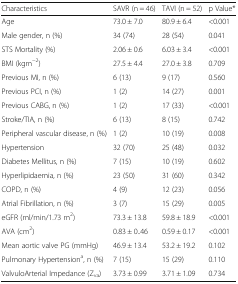
<table><thead><tr><td><b>Characteristics</b></td><td><b>SAVR (n = 46)</b></td><td><b>TAVI (n = 52)</b></td><td><b>p Value*</b></td></tr></thead><tbody><tr><td>Age</td><td>73.0 ± 7.0</td><td>80.9 ± 6.4</td><td>&lt;0.001</td></tr><tr><td>Male gender, n (%)</td><td>34 (74)</td><td>28 (54)</td><td>0.041</td></tr><tr><td>STS Mortality (%)</td><td>2.06 ± 0.6</td><td>6.03 ± 3.4</td><td>&lt;0.001</td></tr><tr><td>BMI (kgm<sup>−2</sup>)</td><td>27.5 ± 4.4</td><td>27.0 ± 3.8</td><td>0.709</td></tr><tr><td>Previous MI, n (%)</td><td>6 (13)</td><td>9 (17)</td><td>0.560</td></tr><tr><td>Previous PCI, n (%)</td><td>1 (2)</td><td>14 (27)</td><td>0.001</td></tr><tr><td>Previous CABG, n (%)</td><td>1 (2)</td><td>17 (33)</td><td>&lt;0.001</td></tr><tr><td>Stroke/TIA, n (%)</td><td>6 (13)</td><td>8 (15)</td><td>0.742</td></tr><tr><td>Peripheral vascular disease, n (%)</td><td>1 (2)</td><td>10 (19)</td><td>0.008</td></tr><tr><td>Hypertension</td><td>32 (70)</td><td>25 (48)</td><td>0.032</td></tr><tr><td>Diabetes Mellitus, n (%)</td><td>7 (15)</td><td>10 (19)</td><td>0.602</td></tr><tr><td>Hyperlipidaemia, n (%)</td><td>23 (50)</td><td>31 (60)</td><td>0.342</td></tr><tr><td>COPD, n (%)</td><td>4 (9)</td><td>12 (23)</td><td>0.056</td></tr><tr><td>Atrial Fibrillation, n (%)</td><td>3 (7)</td><td>15 (29)</td><td>0.005</td></tr><tr><td>eGFR (ml/min/1.73 m<sup>2</sup>)</td><td>73.3 ± 13.8</td><td>59.8 ± 18.9</td><td>&lt;0.001</td></tr><tr><td>AVA (cm<sup>2</sup>)</td><td>0.83 ± 0..46</td><td>0.59 ± 0.17</td><td>&lt;0.001</td></tr><tr><td>Mean aortic valve PG (mmHg)</td><td>46.9 ± 13.4</td><td>53.2 ± 19.2</td><td>0.102</td></tr><tr><td>Pulmonary Hypertension<sup>a</sup>, n (%)</td><td>7 (15)</td><td>15 (29)</td><td>0.110</td></tr><tr><td>ValvuloArterial Impedance (Z<sub>va</sub>)</td><td>3.73 ± 0.99</td><td>3.71 ± 1.09</td><td>0.734</td></tr></tbody></table>